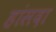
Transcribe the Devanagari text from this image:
हांसदा